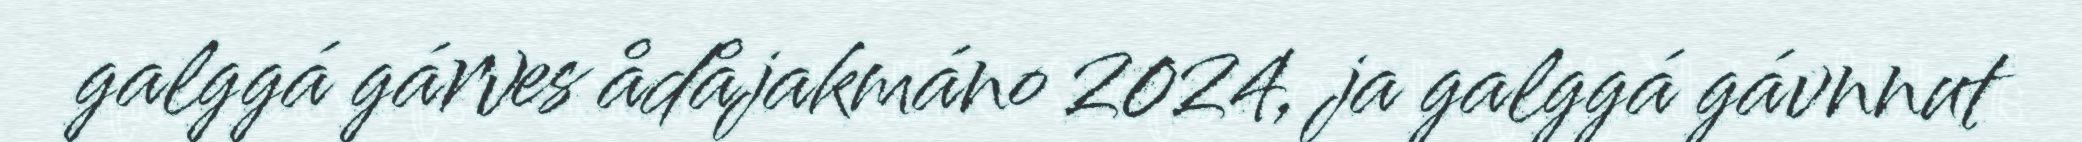
galggá gárves ådåjakmáno 2024, ja galggá gávnnut